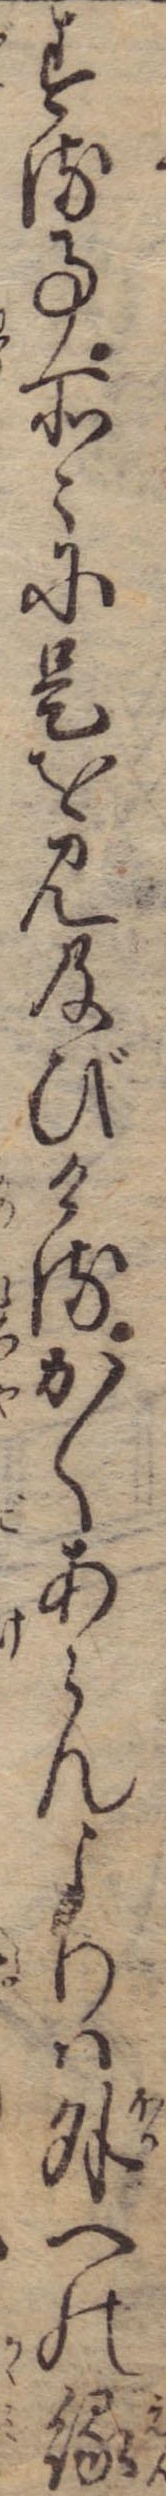
する事所々に是を見及びけるかくあらんよりは外への縁